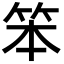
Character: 笨